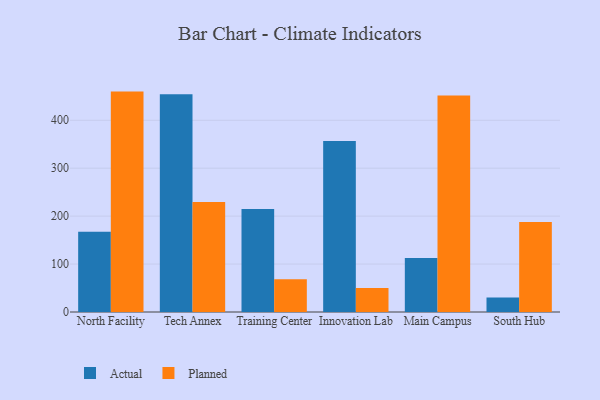
{"axis": {"x": "Campus", "y": "Conversion Rate (%)"}, "legend": ["Actual", "Planned"], "data": [{"x": "North Facility", "y": 167.6, "type": "Actual"}, {"x": "North Facility", "y": 459.8, "type": "Planned"}, {"x": "Tech Annex", "y": 454.2, "type": "Actual"}, {"x": "Tech Annex", "y": 229.3, "type": "Planned"}, {"x": "Training Center", "y": 214.9, "type": "Actual"}, {"x": "Training Center", "y": 68.1, "type": "Planned"}, {"x": "Innovation Lab", "y": 356.5, "type": "Actual"}, {"x": "Innovation Lab", "y": 50.2, "type": "Planned"}, {"x": "Main Campus", "y": 112.9, "type": "Actual"}, {"x": "Main Campus", "y": 451.6, "type": "Planned"}, {"x": "South Hub", "y": 30.0, "type": "Actual"}, {"x": "South Hub", "y": 188.0, "type": "Planned"}]}